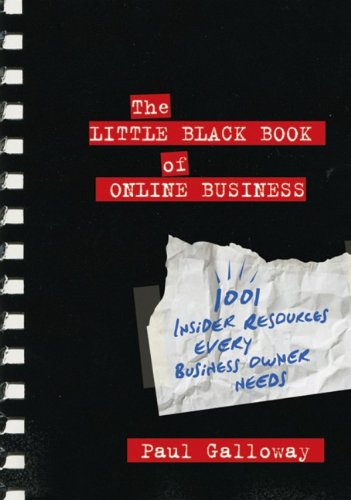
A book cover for The Little Black Book of Online Business: 1001 Insider Resources Every Business Owner Needs; Paul Galloway; Computers & Technology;